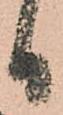
日